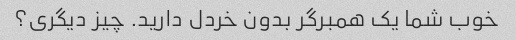
خوب شما یک همبرگر بدون خردل دارید. چیز دیگری؟